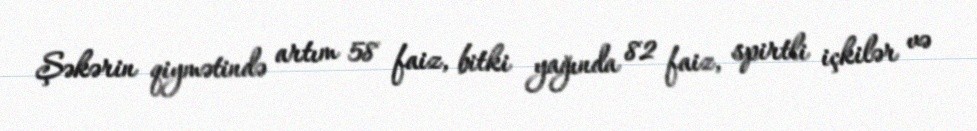
Şəkərin qiymətində artım 58 faiz, bitki yağında 82 faiz, spirtli içkilər və